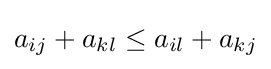
a_{ij}+a_{kl}\leq a_{il}+a_{kj}